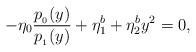
LaTeX: \begin{align*}- \eta_0 \frac{p_{_0}(y)}{p_{_1}(y)} + \eta_1^b + \eta_2^b y^2 = 0,\end{align*}